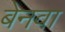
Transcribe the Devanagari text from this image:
बेनवा